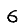
Digit: 6